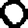
Digit: 0